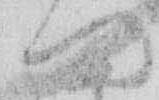
ま